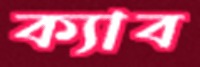
ক্যাব